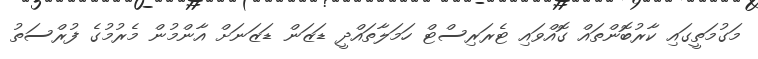
މަގުމަތީގައި ކާރުބޮންތައް ގޮއްވައި ޓެރަރިސްޓް ހަމަލާތައްދީ ޑަޒަން ޑަޒަނަށް އާންމުން މެރުމުގެ ފުރްސަތު